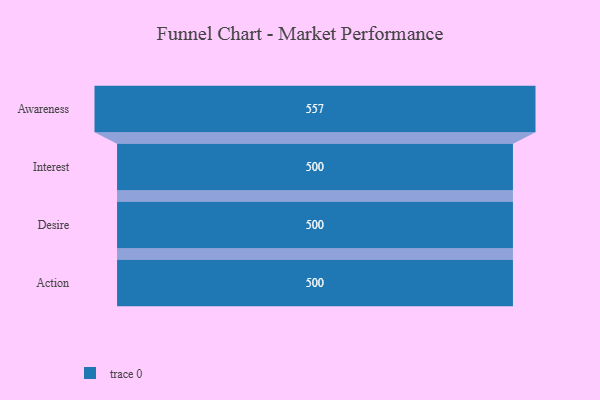
{"axis": {"x": "Stage", "y": "Value"}, "legend": [""], "data": [{"x": "Awareness", "y": 557.0, "type": ""}, {"x": "Interest", "y": 500, "type": ""}, {"x": "Desire", "y": 500, "type": ""}, {"x": "Action", "y": 500, "type": ""}]}